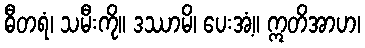
ဓီတရံ၊ သမီးကို။ ဒဿာမိ၊ ပေးအံ့။ ဣတိအာဟ၊